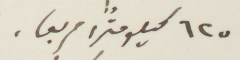
٦٢٥ كيلومترًأ مربعًا